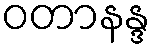
ဝတာနန္ဒ